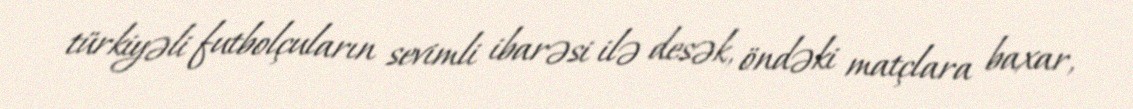
türkiyəli futbolçuların sevimli ibarəsi ilə desək, öndəki matçlara baxar,